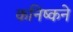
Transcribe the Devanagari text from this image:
कनिष्कने